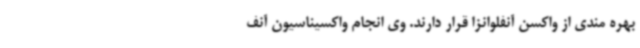
بهره مندی از واکسن آنفلوانزا قرار دارند. وی انجام واکسیناسیون آنف